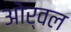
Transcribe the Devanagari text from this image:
ओर्वल